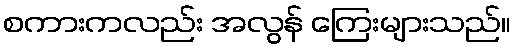
စကားကလည်း အလွန် ကြေးများသည်။